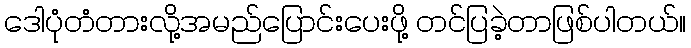
ဒေါပုံတံတားလို့အမည်ပြောင်းပေးဖို့ တင်ပြခဲ့တာဖြစ်ပါတယ်။